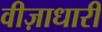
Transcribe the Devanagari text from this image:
वीज़ाधारी